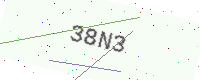
Text: 38N3